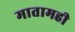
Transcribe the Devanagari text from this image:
मातामही